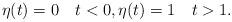
LaTeX: \begin{align*}\eta(t) = 0 \quad t< 0, \eta(t) = 1 \quad t>1.\end{align*}